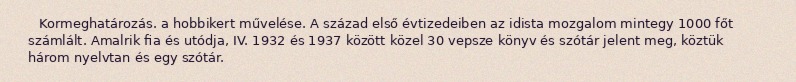
Kormeghatározás. a hobbikert művelése. A század első évtizedeiben az idista mozgalom mintegy 1000 főt számlált. Amalrik fia és utódja, IV. 1932 és 1937 között közel 30 vepsze könyv és szótár jelent meg, köztük három nyelvtan és egy szótár.